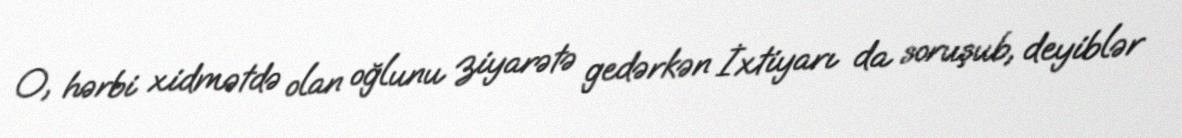
O, hərbi xidmətdə olan oğlunu ziyarətə gedərkən İxtiyarı da soruşub, deyiblər